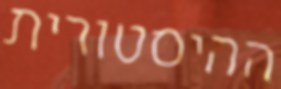
ההיסטורית